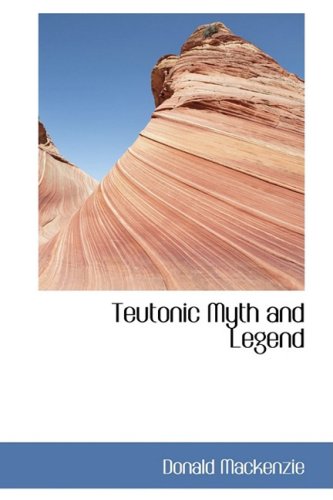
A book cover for Teutonic Myth and Legend; Donald Mackenzie; Politics & Social Sciences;